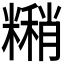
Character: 𬖹